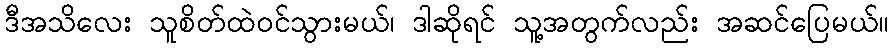
ဒီအသိလေး သူစိတ်ထဲဝင်သွားမယ်၊ ဒါဆိုရင် သူ့အတွက်လည်း အဆင်ပြေမယ်။